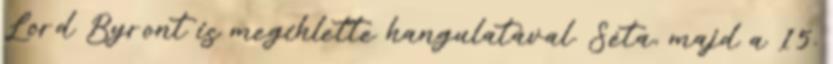
Lord Byront is megihlette hangulatával. Séta, majd a 15.